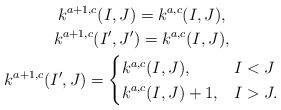
LaTeX: \begin{gather*}k^{a+1,c}(I,J)=k^{a,c}(I,J),\\k^{a+1,c}(I',J')=k^{a,c}(I,J),\\k^{a+1,c}(I',J)=\begin{cases}k^{a,c}(I,J),& I<J\\ k^{a,c}(I,J)+1,& I>J.\end{cases}\end{gather*}